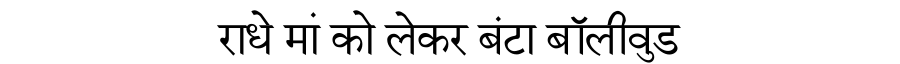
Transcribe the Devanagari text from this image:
राधे मां को लेकर बंटा बॉलीवुड